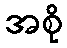
အစို